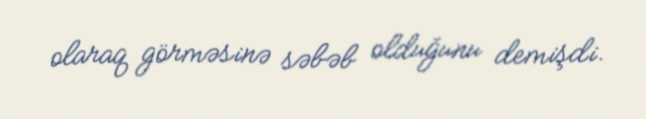
olaraq görməsinə səbəb olduğunu demişdi.